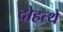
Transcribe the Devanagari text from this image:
दोहत्थे